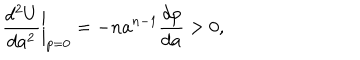
\biggl . \frac { d ^ { 2 } U } { d a ^ { 2 } } \biggr | _ { p = 0 } = - n a ^ { n - 1 } \frac { d p } { d a } > 0 ,